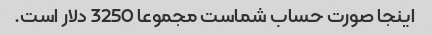
اینجا صورت حساب شماست مجموعا 3250 دلار است.